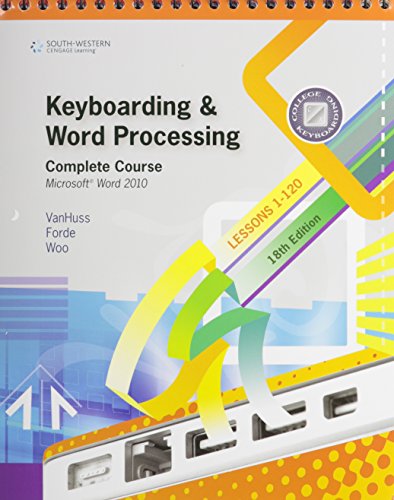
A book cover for Bundle: Keyboarding and Word Processing, Complete Course, Lessons 1-120: Microsoft Word 2010: College Keyboarding, 18th + Keyboarding Pro Deluxe 2 ... Site License User Guide and CD-ROM), 2nd; Susie H. VanHuss; Business & Money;